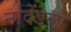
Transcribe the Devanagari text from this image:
नादेंडला